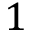
1